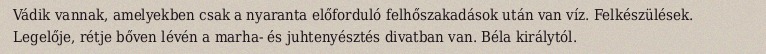
Vádik vannak, amelyekben csak a nyaranta előforduló felhőszakadások után van víz. Felkészülések. Legelője, rétje bőven lévén a marha- és juhtenyésztés divatban van. Béla királytól.